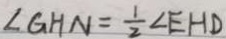
\angle G H N = \frac { 1 } { 2 } \angle E H D